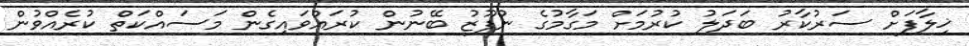
ޚިލާފަށް ސަރުކާރު ބަދަލު ކުރުމަށް މަގާމުގެ ނުފޫޒު ބޭނުން ކުރައްވައިގެން މަސައްކަތް ކުރެއްވުން